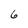
Character: 6